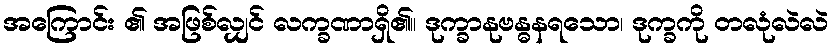
အကြောင်း ၏ အဖြစ်လျှင် လက္ခဏာရှိ၏။ ဒုက္ခာနုဗန္ဓနရသော၊ ဒုက္ခကို တလုံလဲလဲ